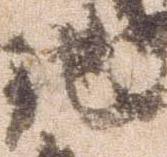
馳